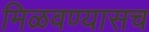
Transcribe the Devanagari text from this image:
मिळवण्यासच